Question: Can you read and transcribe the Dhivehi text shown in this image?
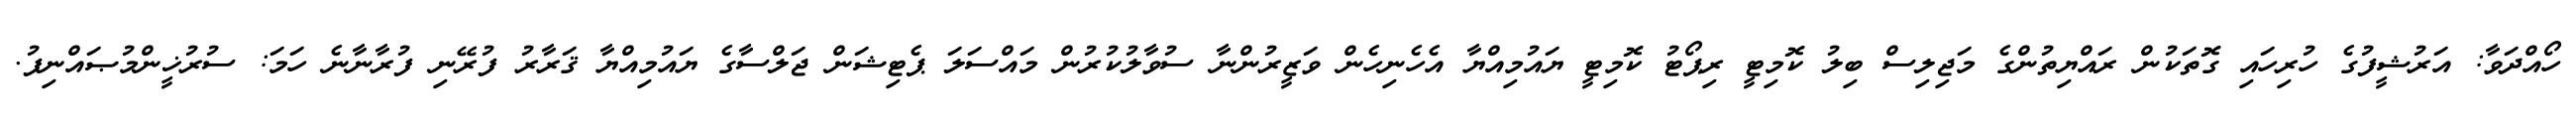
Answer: ހޯއްދަވާ: އަރުޝީފުގެ ހުރިހައި ގޮތަކުން ރައްޔިތުންގެ މަޖިލިސް ބިލު ކޮމިޓީ ރިޕޯޓު ކޮމިޓީ ޔައުމިއްޔާ އެހެނިހެން ވަޒީރުންނާ ސުވާލުކުރުން މައްސަލަ ޕެޓިޝަން ޖަލްސާގެ ޔައުމިއްޔާ ޤަރާރު ފުރޭނި ފުރާނާނެ ހަމަ: ސުރުޚީންމުޞައްނިފު.